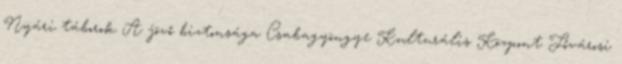
Nyári táborok A jövő biztonsága Csabagyöngye Kulturális Központ Fővárosi